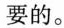
要的。